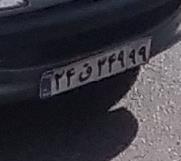
۲۴ق۳۴۹۹۹